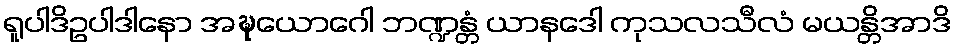
ရူပါဒိဥပါဒါနော အဍ္ဎယောဂေါ ဘဏ္ဍန္တံ ယာနဒေါ ကုသလသီလံ မယန္တိအာဒိ